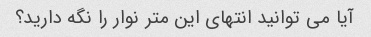
آیا می توانید انتهای این متر نوار را نگه دارید؟